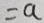
= a